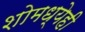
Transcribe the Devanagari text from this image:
शोमध्येही